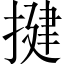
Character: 揵